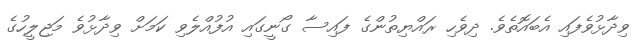
ވިދާޅުވެފައި އެބައޮތެވެ. ދިވެހި ރައްޔިތުންގެ ފައިސާ ގޯނީގައި އުފުއްލެވި ކަމަށް ވިދާޅުވެ މަޖިލީހުގެ